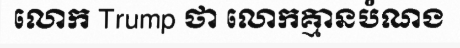
លោក Trump ថា លោកគ្មានបំណង